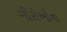
ગીરોઓના